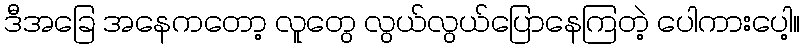
ဒီအခြေ အနေကတော့ လူတွေ လွယ်လွယ်ပြောနေကြတဲ့ ပေါကားပေါ့။